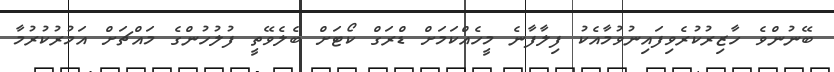
ބޭނުންވެ ހާޒިރުކުރެވިފައިނުވުމާއެކު ފިލާފާނެ މީހެއްކަމަށް ޑްރަގް ކޯޓަށް ބެލެވޭތީ ފުލުހުންގެ މައްޗަށް އަމުރުކުރުމާ